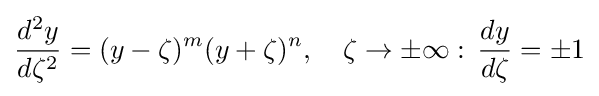
{\frac {d^{2}y}{d\zeta ^{2}}}=(y-\zeta )^{m}(y+\zeta )^{n},\quad \zeta \rightarrow \pm \infty :\,{\frac {dy}{d\zeta }}=\pm 1